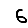
Digit: 6